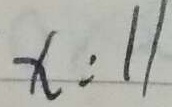
x : 1 1